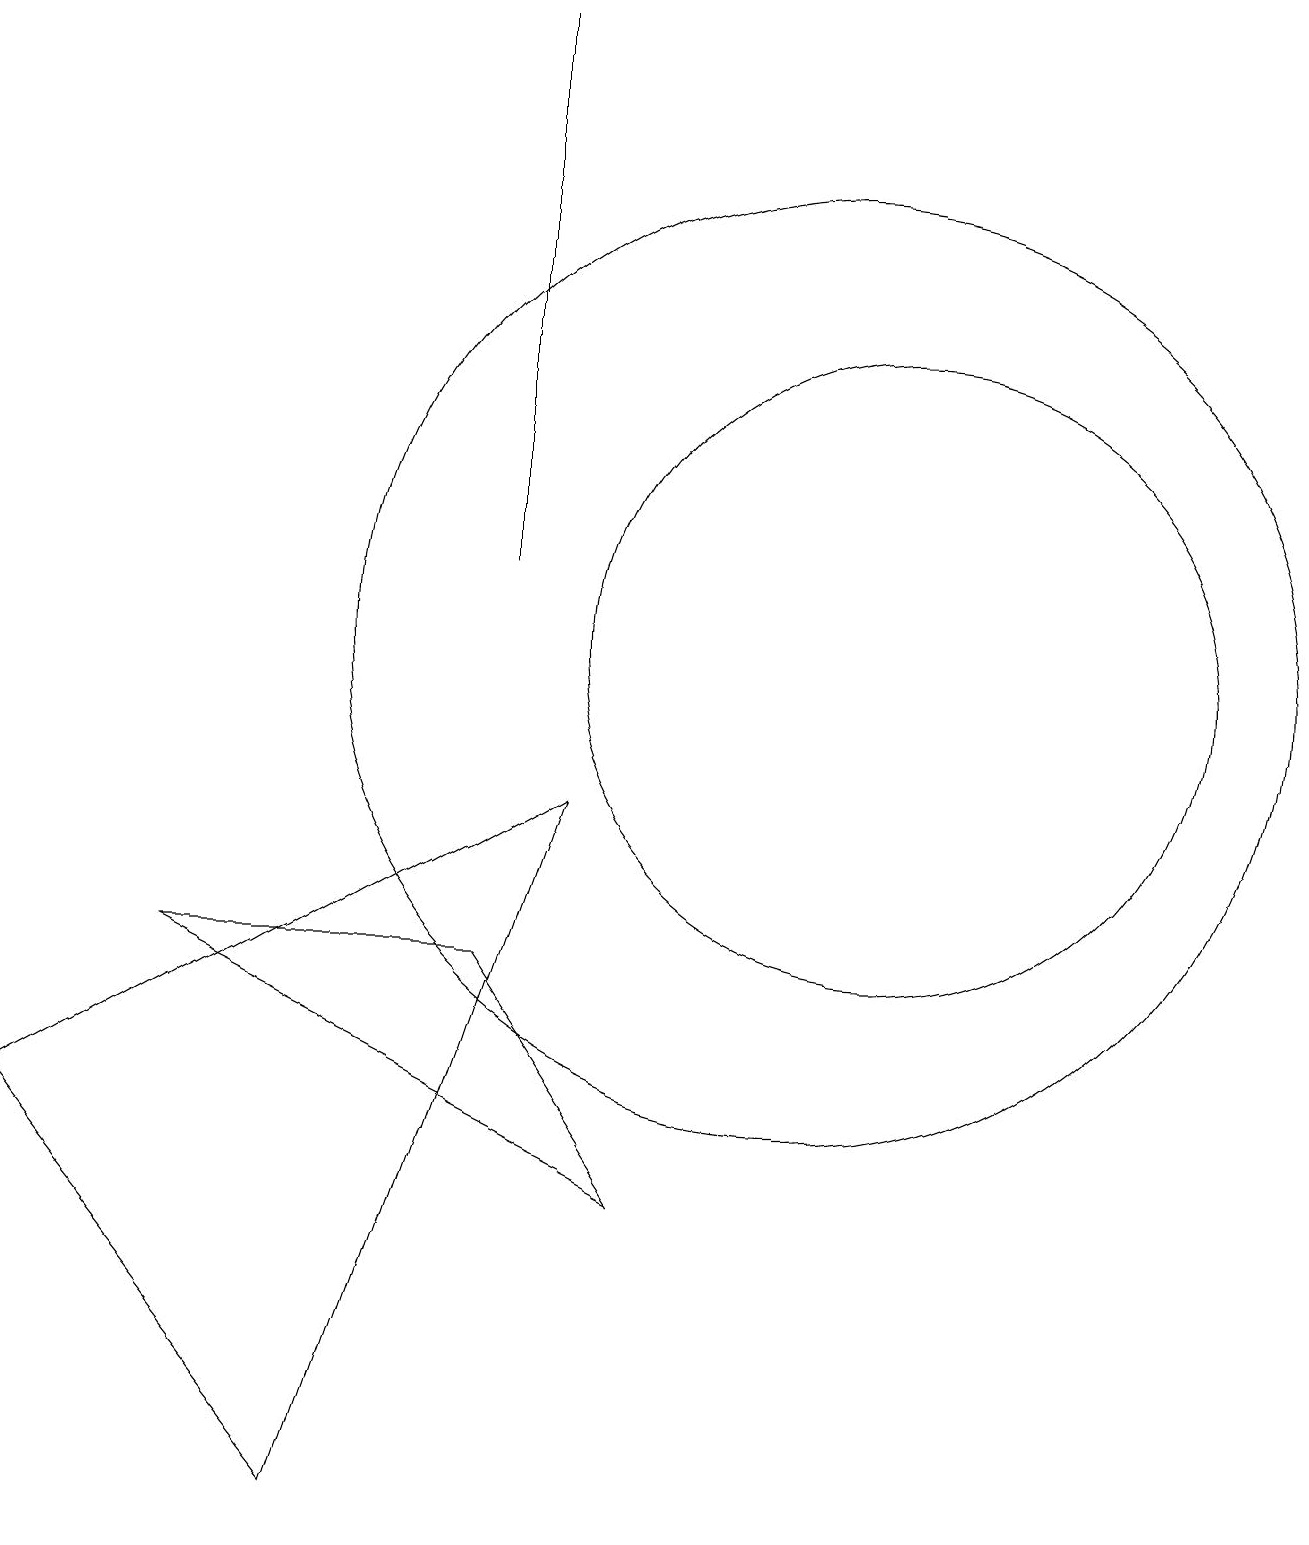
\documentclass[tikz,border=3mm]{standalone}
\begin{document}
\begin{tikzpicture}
\draw (10,11) circle (6);
\draw (6,12) rectangle (6,19);
\draw (4,0) -- (7,9) -- (0,5) -- cycle;
\draw (11,11) circle (4);
\draw (8,4) -- (6,7) -- (2,7) -- cycle;
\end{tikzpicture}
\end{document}